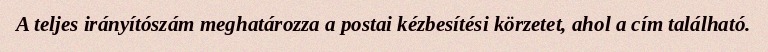
A teljes irányítószám meghatározza a postai kézbesítési körzetet, ahol a cím található.